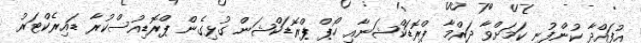
އުފައްދާ ކުންފުނި ކަމަށްވާ ދަރްމާ ޕްރޮޑަކްޝަނާއި ހޯޕް ޕްރޮޑަކްޝަން ގުޅިގެން ޕްރޮޑިއުސްކުރާ ޑައިރެކްޓަރު